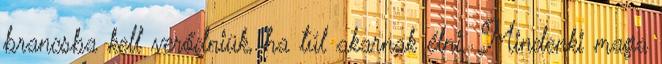
brancsba kell verődniük, ha túl akarnak élni. Mindenki maga